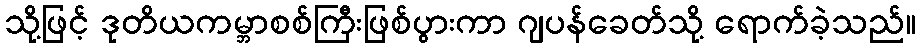
သို့ဖြင့် ဒုတိယကမ္ဘာစစ်ကြီးဖြစ်ပွားကာ ဂျပန်ခေတ်သို့ ရောက်ခဲ့သည်။